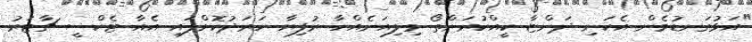
"އަޅުގަނޑުމެން އެކަނި ދަންޏާ ކީއްކުރަންތޯ މިލިއަނެއްހާ ރުފިޔާ ހަރަދުކޮށްފައި އެއާ ޓެކްސީ ޗާޓަރު